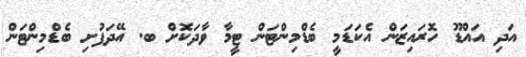
އަދި އައްޑޫ ހޮރައިޒަން އެކަޑަމީ ބެޑްމިންޓަން ޓީމާ ވާދަކޮށް ބ. އޭދަފުށި ބެޑްމިންޓަން